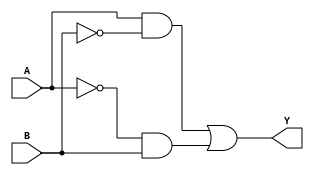
module xor_gate (
    input A,
    input B,
    output Y
);

wire not_A, not_B, A_and_not_B, not_A_and_B;

assign not_A = ~A;
assign not_B = ~B;
assign A_and_not_B = A & not_B;
assign not_A_and_B = not_A & B;

assign Y = A_and_not_B | not_A_and_B;

endmodule